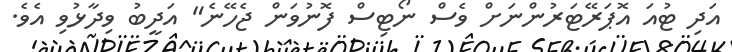
އަދި ޓުއަ އޮޕަރޭޓަރުންނަށް ވެސް ނޯޓިސް ފޮނުވަން ޖެހޭނެ" އަދީބު ވިދާޅުވި އެވެ.